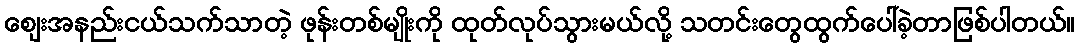
ဈေးအနည်းငယ်သက်သာတဲ့ ဖုန်းတစ်မျိုးကို ထုတ်လုပ်သွားမယ်လို့ သတင်းတွေထွက်ပေါ်ခဲ့တာဖြစ်ပါတယ်။